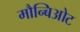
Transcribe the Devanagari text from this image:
मौन्बिओट